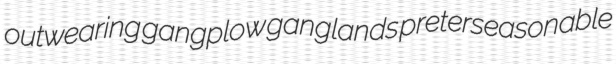
outwearing gangplow ganglands preterseasonable